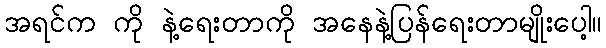
အရင်က ကို နဲ့ရေးတာကို အနေနဲ့ပြန်ရေးတာမျိုးပေါ့။